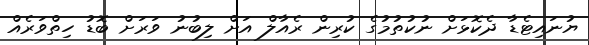
ޔުނައިޓެޑާ ދެކޮޅަށް ނުކުތުމުގެ ކުރިން ރެއާލް އަށް ލިބުނު ވަރަށް ބޮޑު ހިތްވަރެއް